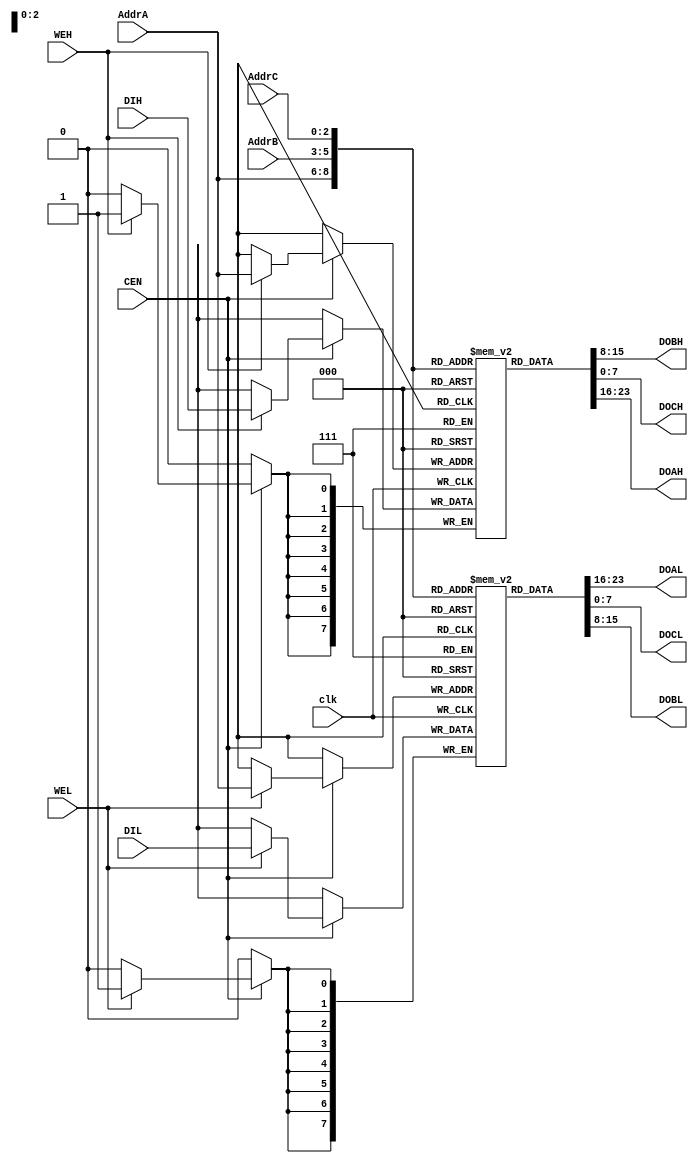
// This program was cloned from: https://github.com/atrac17/Toaplan2
// License: GNU General Public License v3.0

//
// TV80 8-Bit Microprocessor Core
// Based on the VHDL T80 core by Daniel Wallner (jesus@opencores.org)
//
// Copyright (c) 2004 Guy Hutchison (ghutchis@opencores.org)
//
// Permission is hereby granted, free of charge, to any person obtaining a
// copy of this software and associated documentation files (the "Software"),
// to deal in the Software without restriction, including without limitation
// the rights to use, copy, modify, merge, publish, distribute, sublicense,
// and/or sell copies of the Software, and to permit persons to whom the
// Software is furnished to do so, subject to the following conditions:
//
// The above copyright notice and this permission notice shall be included
// in all copies or substantial portions of the Software.
//
// THE SOFTWARE IS PROVIDED "AS IS", WITHOUT WARRANTY OF ANY KIND,
// EXPRESS OR IMPLIED, INCLUDING BUT NOT LIMITED TO THE WARRANTIES OF
// MERCHANTABILITY, FITNESS FOR A PARTICULAR PURPOSE AND NONINFRINGEMENT.
// IN NO EVENT SHALL THE AUTHORS OR COPYRIGHT HOLDERS BE LIABLE FOR ANY
// CLAIM, DAMAGES OR OTHER LIABILITY, WHETHER IN AN ACTION OF CONTRACT,
// TORT OR OTHERWISE, ARISING FROM, OUT OF OR IN CONNECTION WITH THE
// SOFTWARE OR THE USE OR OTHER DEALINGS IN THE SOFTWARE.

module tv80_reg (/*AUTOARG*/
  // Outputs
  DOBH, DOAL, DOCL, DOBL, DOCH, DOAH,
  // Inputs
  AddrC, AddrA, AddrB, DIH, DIL, clk, CEN, WEH, WEL
  );
    input  [2:0] AddrC;
    output [7:0] DOBH;
    input  [2:0] AddrA;
    input  [2:0] AddrB;
    input  [7:0] DIH;
    output [7:0] DOAL;
    output [7:0] DOCL;
    input  [7:0] DIL;
    output [7:0] DOBL;
    output [7:0] DOCH;
    output [7:0] DOAH;
    input  clk, CEN, WEH, WEL;

  reg [7:0] RegsH [0:7];
  reg [7:0] RegsL [0:7];

  `ifdef SIMULATION
  // This is sometimes needed to avoid X's in simulation
  // Like the start up of Altered Beast
  integer aux;
  initial begin
    for( aux=0; aux<8; aux=aux+1) begin
        RegsH[aux]=0;
        RegsL[aux]=0;
    end
  end
  `endif

  always @(posedge clk)
    begin
      if (CEN)
        begin
          if (WEH) RegsH[AddrA] <= DIH;
          if (WEL) RegsL[AddrA] <= DIL;
        end
    end

  assign DOAH = RegsH[AddrA];
  assign DOAL = RegsL[AddrA];
  assign DOBH = RegsH[AddrB];
  assign DOBL = RegsL[AddrB];
  assign DOCH = RegsH[AddrC];
  assign DOCL = RegsL[AddrC];

  // break out ram bits for waveform debug
// synopsys translate_off
  wire [7:0] B = RegsH[0];
  wire [7:0] C = RegsL[0];
  wire [7:0] D = RegsH[1];
  wire [7:0] E = RegsL[1];
  wire [7:0] H = RegsH[2];
  wire [7:0] L = RegsL[2];

  wire [15:0] IX = { RegsH[3], RegsL[3] };
  wire [15:0] IY = { RegsH[7], RegsL[7] };
// synopsys translate_on

endmodule